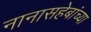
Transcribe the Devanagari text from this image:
नानासहेबांच्या